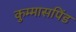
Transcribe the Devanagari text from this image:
कुम्मासपिंड